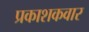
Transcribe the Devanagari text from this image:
प्रकाशकवार